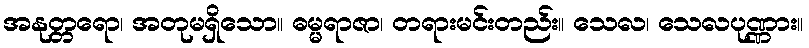
အနုတ္တရော၊ အတုမရှိသော။ ဓမ္မရာဇာ၊ တရားမင်းတည်း။ သေလ၊ သေလပုဏ္ဏား။